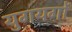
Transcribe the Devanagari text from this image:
युगयगों